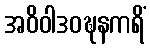
အဝိဝါဒဝဍ္ဎနကရိံ